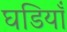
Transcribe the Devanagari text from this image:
घडियाँ